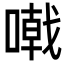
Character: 𠽤